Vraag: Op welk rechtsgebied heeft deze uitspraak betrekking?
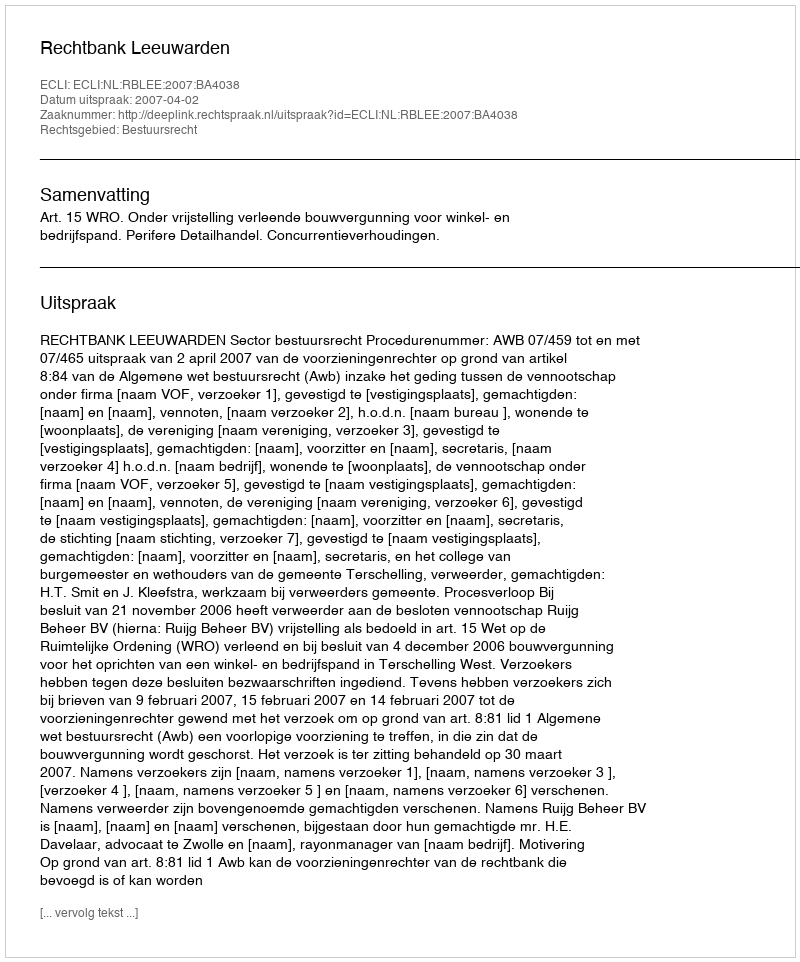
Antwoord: Bestuursrecht